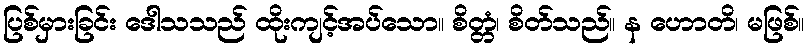
ပြစ်မှားခြင်း ဒေါသသည် ထိုးကျင့်အပ်သော။ စိတ္တံ၊ စိတ်သည်။ န ဟောတိ၊ မဖြစ်။